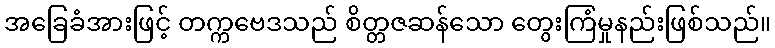
အခြေခံအားဖြင့် တက္ကဗေဒသည် စိတ္တဇဆန်သော တွေးကြံမှုနည်းဖြစ်သည်။